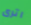
اترى